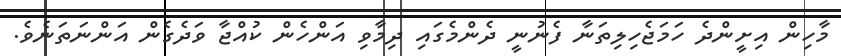
މާހިން އިށީންދެ ހަމަޖެހިލިތަނާ ފެނުނީ ދެންމެގައި ދިމާވި އަންހެން ކުއްޖާ ވަދެގެން އަންނަތަނެވެ.